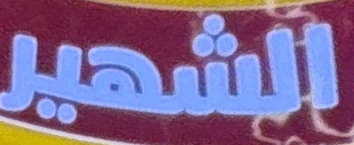
الشهیر